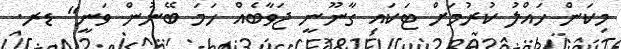
މިކަން ހައްލު ކުރުމަށް ޓަކައި ގާނޫނީ ޖަވާބެއް ހަމަ ބޭނުން ވަނީ" ޑރ.